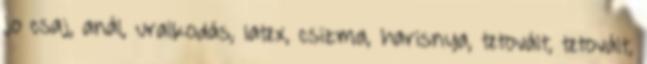
jo csaj, anál, uralkodás, latex, csizma, harisnya, tetovált, tetovált,